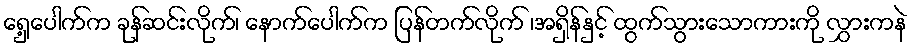
ရှေ့ပေါက်က ခုန်ဆင်းလိုက်၊ နောက်ပေါက်က ပြန်တက်လိုက် ၊အရှိန်နှင့် ထွက်သွားသောကားကို လွှားကနဲ